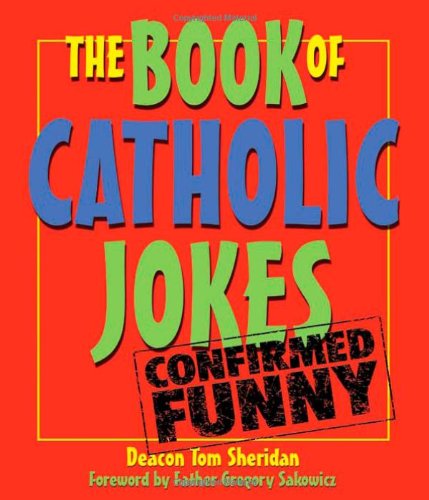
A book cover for The Book of Catholic Jokes; Tom Sheridan; Humor & Entertainment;